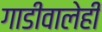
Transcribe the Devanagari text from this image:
गाडीवालेही